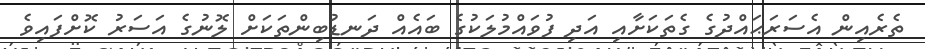
ތެރެއިން އެސަރަޙައްދުގެ ގެތަކަށާއި އަދި ފުވައްމުލަކުގެ ބައެއް ދަނޑުބިންތަކަށް ލޮނުގެ އަސަރު ކޮށްފައިވެ